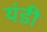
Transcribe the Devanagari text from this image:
यंडी